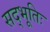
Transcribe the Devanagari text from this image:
सद्भूतिः